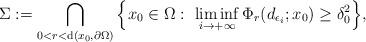
LaTeX: \begin{align*}\Sigma:=\bigcap_{0<r<{\rm{d}}(x_0,\partial\Omega)}\Big\{x_0\in \Omega:\ \liminf_{i\rightarrow +\infty} \Phi_r(d_{\epsilon_i}; x_0)\ge \delta_0^2\Big\},\end{align*}